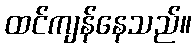
ထင်ကျန်နေသည်။